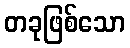
တခုဖြစ်သော